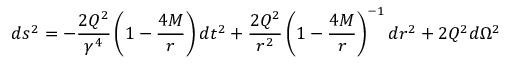
d s ^ { 2 } = - \frac { 2 Q ^ { 2 } } { \gamma ^ { 4 } } \left( 1 - \frac { 4 M } { r } \right) d t ^ { 2 } + \frac { 2 Q ^ { 2 } } { r ^ { 2 } } \left( 1 - \frac { 4 M } { r } \right) ^ { - 1 } d r ^ { 2 } + 2 Q ^ { 2 } d \Omega ^ { 2 }